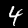
Label: 4